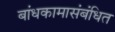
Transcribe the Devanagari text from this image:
बांधकामासंबंधित